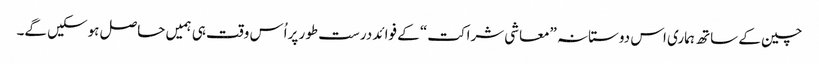
چین کے ساتھ ہماری اس دوستانہ ”معاشی شراکت“ کے فوائد درست طور پراُس وقت ہی ہمیں حاصل ہوسکیں گے۔